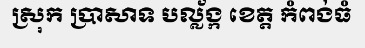
ស្រុក ប្រាសាទ បល្ល័ង្ក ខេត្ត កំពង់ធំ